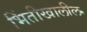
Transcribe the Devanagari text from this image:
भिंतीखालील